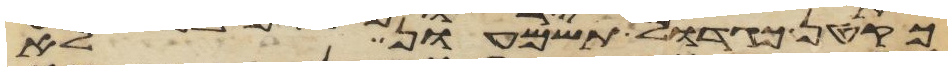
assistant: כקטן כגדול תשמעון לא